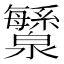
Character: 𬉯